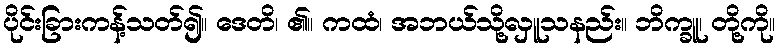
ပိုင်းခြားကန့်သတ်၍။ ဒေတိ၊ ၏။ ကထံ၊ အဘယ်သို့လှူသနည်း။ ဘိက္ခူ၊ တို့ကို။